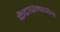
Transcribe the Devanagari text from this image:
केंद्राप्रमाणेच